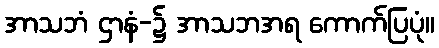
အာသဘံ ဌာနံ-၌ အာသဘအရ ကောက်ပြပုံ။